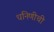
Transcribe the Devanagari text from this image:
धनिणीची